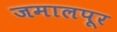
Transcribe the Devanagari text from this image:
जमालपूर